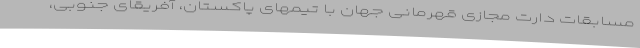
مسابقات دارت مجازی قهرمانی جهان با تیمهای پاکستان، آفریقای جنوبی،